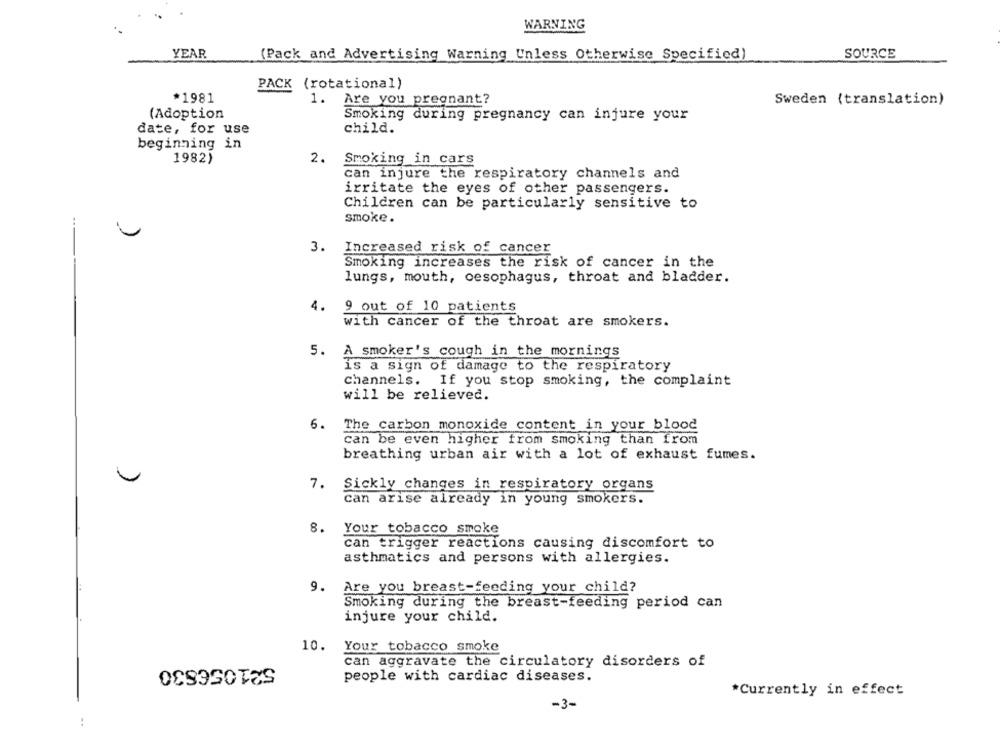
WARNING
YEAR
(Pack and Advertising Warning Unless Otherwise Specified)
SOURCE
PACK (rotational)
*1981
1. Are you pregnant?
Sweden (translation)
(Adoption
Smoking during pregnancy can injure your
date, for use
child.
beginning in
1982)
2.
Smoking in cars
can injure the respiratory channels and
irritate the eyes of other passengers.
Children can be particularly sensitive to
smoke.
...
3.
Increased risk of cancer
Smoking increases the risk of cancer in the
lungs, mouth, oesophagus, throat and bladder.
4.
9 out of 10 patients
with cancer of the throat are smokers.
5. A smoker's cough in the mornings
is a sign of damage to the respiratory
channels. If you stop smoking, the complaint
will be relieved.
6.
The carbon monoxide content in your blood
can be even higher from smoking than from
breathing urban air with a lot of exhaust fumes.
7. Sickly changes in respiratory organs
can arise already in young smokers.
8. Your tobacco smoke
can trigger reactions causing discomfort to
asthmatics and persons with allergies.
9. Are you breast-feeding your child?
Smoking during the breast-feeding period can
injure your child.
10.
Your tobacco smoke
521056830
can aggravate the circulatory disorders of
people with cardiac diseases.
*Currently in effect
-3-
: